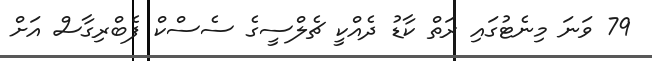
79 ވަނަ މިނެޓުގައި ރަތް ކާޑު ދެއްކީ ޗެލްސީގެ ސެސްކް ފެބްރިގާސް އަށް